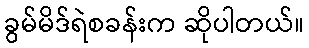
ခွမ်မိဒ်ရဲစခန်းက ဆိုပါတယ်။